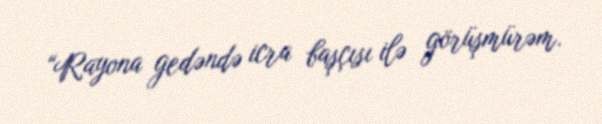
“Rayona gedəndə icra başçısı ilə görüşmürəm.